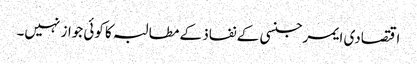
اقتصادی ایمرجنسی کے نفاذ کے مطالبہ کا کوئی جواز نہیں۔